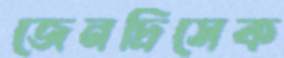
জেনদ্রিসেক